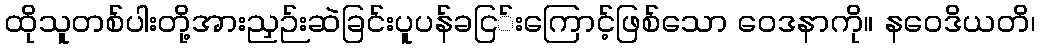
ထိုသူတစ်ပါးတို့အားညှဉ်းဆဲခြင်းပူပန်ခငြ်းကြောင့်ဖြစ်သော ဝေဒနာကို။ နဝေဒိယတိ၊